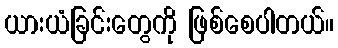
ယားယံခြင်းတွေကို ဖြစ်စေပါတယ်။